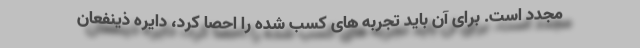
مجدد است. برای آن باید تجربه های کسب شده را احصا کرد، دایره ذینفعان